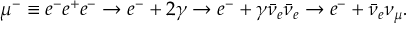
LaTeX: \mu ^ { - } \equiv e ^ { - } e ^ { + } e ^ { - } \rightarrow e ^ { - } + 2 \gamma \rightarrow e ^ { - } + \gamma \bar { \nu } _ { e } \bar { \nu } _ { e } \rightarrow e ^ { - } + \bar { \nu } _ { e } \nu _ { \mu } .